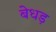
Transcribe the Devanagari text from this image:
बेधड़